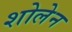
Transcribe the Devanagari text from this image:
शोलेन